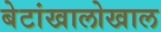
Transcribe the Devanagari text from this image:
बेटांखालोखाल